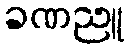
ခဏညူ